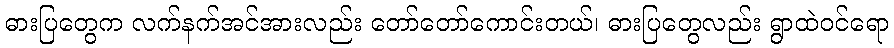
ဓားပြတွေက လက်နက်အင်အားလည်း တော်တော်ကောင်းတယ်၊ ဓားပြတွေလည်း ရွာထဲဝင်ရော